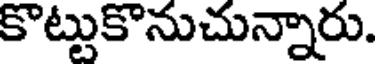
కొట్టుకొనుచున్నారు.